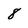
Character: 8